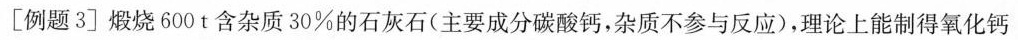
[例题3] 煅烧600t含杂质30%的石灰石(主要成分碳酸钙，杂质不参与反应)，理论上能制得氧化钙